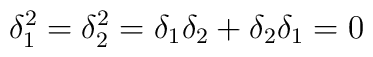
\delta_1^2 = \delta_2^2 = \delta_1 \delta_2 + \delta_2\delta_1 = 0